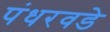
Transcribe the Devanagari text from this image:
पंधरवडे